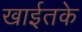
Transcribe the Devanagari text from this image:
खाईतके